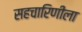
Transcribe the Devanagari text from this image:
सहचारिणीला